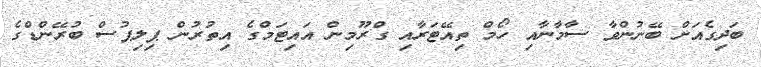
ބަދިގެއަށް ބޭނުންވާ ސާމާނާއި ހޯމް ތިއޭޓަރާއި ގްރޫމިން އައިޓަމްގެ އިތުރުން ޕިލިޕުސް ބުރޭންޑްގެ